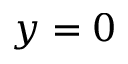
y = 0